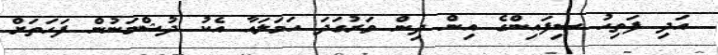
އަދި ފަތިހު ސިފައިންގެ އިން ދިން ވަރުގަދަ ހަމަލައާ އެކު ދުޝްމަނުން ފަހަތަށް